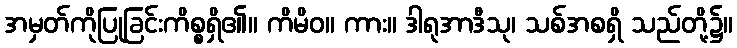
အမှတ်ကိုပြုခြင်းကိစ္စရှိ၏။ ကိမိဝ။ ကား။ ဒါရုအာဒီသု၊ သစ်အစရှိ သည်တို့၌။